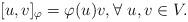
LaTeX: \begin{align*} [u,v]_\varphi=\varphi(u)v,\forall~u,v\in V. \end{align*}